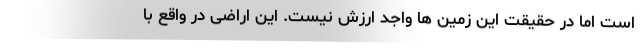
است اما در حقیقت این زمین ها واجد ارزش نیست. این اراضی در واقع با